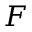
F